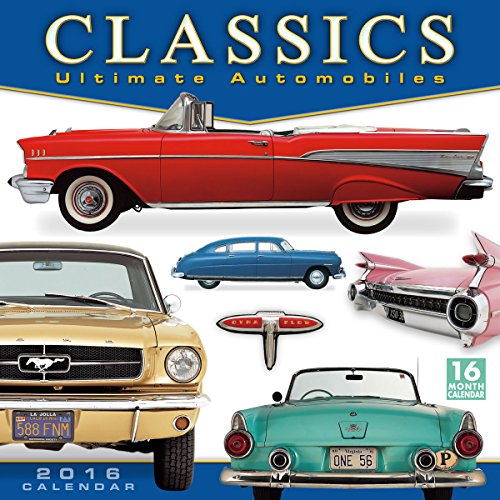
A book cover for Classics Ultimate Automobiles 2016 Wall Calendar; DK Publishing; Calendars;